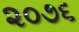
૨૦૭૬